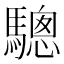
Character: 驄